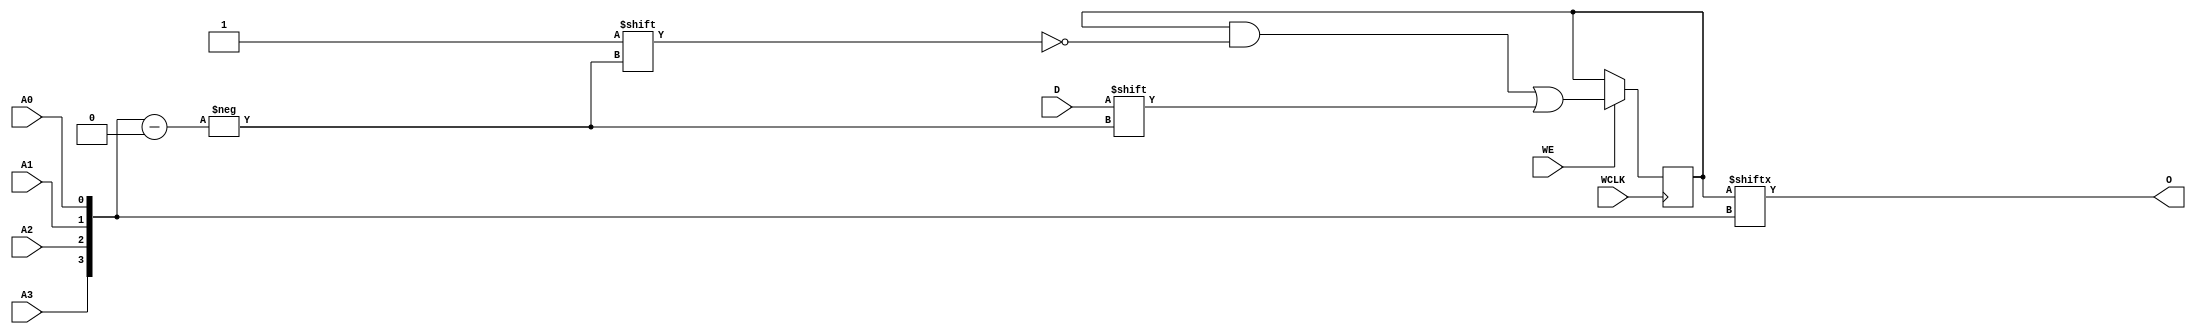
// $Header: /devl/xcs/repo/env/Databases/CAEInterfaces/verunilibs/data/unisims/RAM16X1S_1.v,v 1.8 2005/03/14 22:32:58 yanx Exp $
///////////////////////////////////////////////////////////////////////////////
// Copyright (c) 1995/2004 Xilinx, Inc.
// All Right Reserved.
///////////////////////////////////////////////////////////////////////////////
//   ____  ____
//  /   /\/   /
// /___/  \  /    Vendor : Xilinx
// \   \   \/     Version : 10.1
//  \   \         Description : Xilinx Functional Simulation Library Component
//  /   /                  Static Synchronous RAM 16-Deep by 1 -Wide
// /___/   /\     Filename : RAM16X1S_1.v
// \   \  /  \    Timestamp : Thu Mar 25 16:43:33 PST 2004
//  \___\/\___\
//
// Revision:
//    03/23/04 - Initial version.
//    02/04/05 - Rev 0.0.1 Remove input/output bufs; Remove for-loop in initial block;
// End Revision

`timescale  1 ps / 1 ps


module RAM16X1S_1 (O, A0, A1, A2, A3, D, WCLK, WE);

    parameter INIT = 16'h0000;

    output O;

    input  A0, A1, A2, A3, D, WCLK, WE;

    reg  [15:0] mem;
    wire [3:0] adr;

    assign adr = {A3, A2, A1, A0};
    assign O = mem[adr];

    initial
        mem = INIT;

    always @(negedge WCLK)
        if (WE == 1'b1)
            mem[adr] <= #100 D;

endmodule